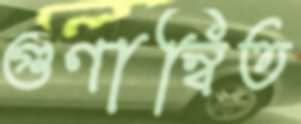
গুণান্বিত